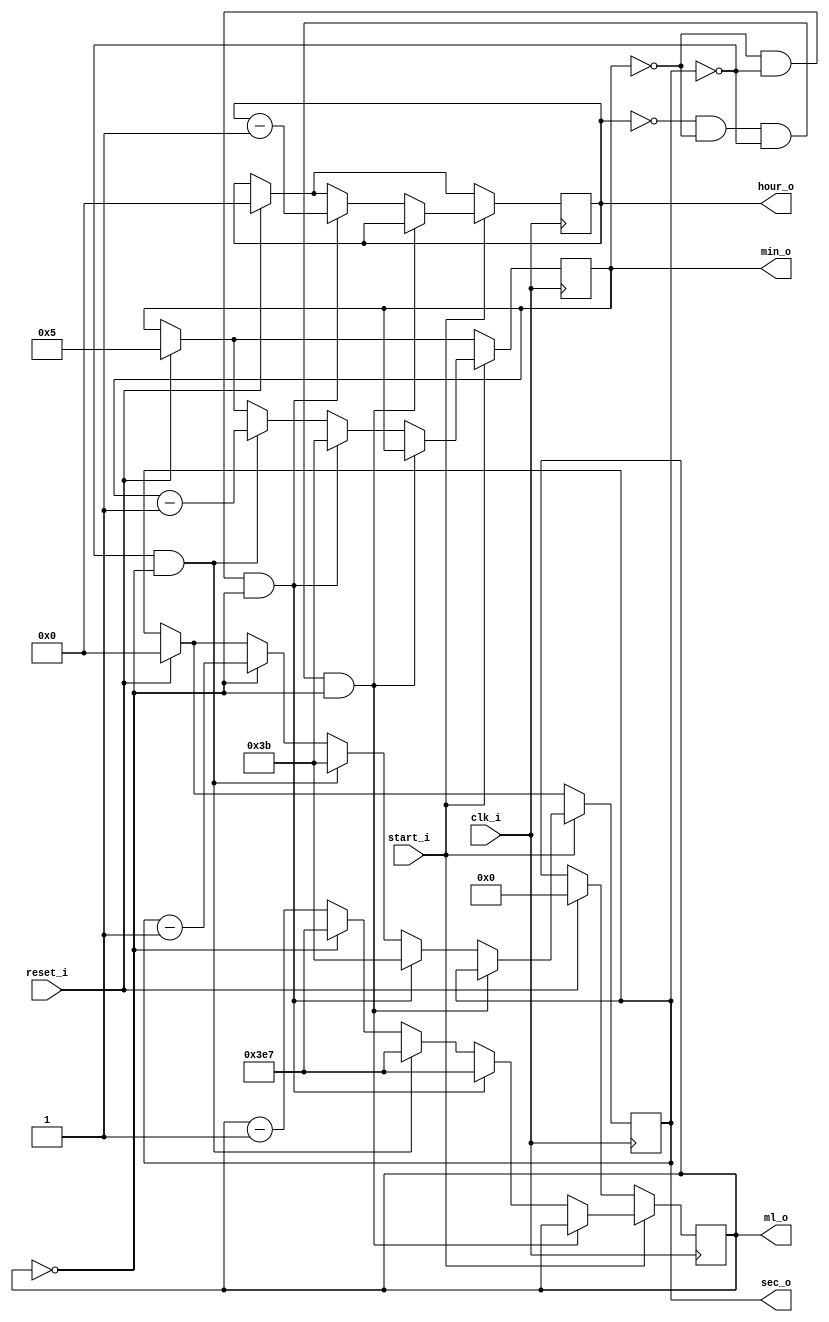
`timescale 1ns / 1ps
//////////////////////////////////////////////////////////////////////////////////
// Company: 
// Engineer: 
// 
// Design Name: 
// Module Name: timer6
// Project Name: 
// Target Devices: 
// Tool Versions: 
// Description: 
// 
// Dependencies: 
// 
// Revision:
// Revision 0.01 - File Created
// Additional Comments:
// 
//////////////////////////////////////////////////////////////////////////////////


module timer6(
clk_i, reset_i, start_i, ml_o, sec_o, min_o, hour_o
    );
    input clk_i, start_i, reset_i;
    // clk_i = 1kHz input
    output reg [9:0] ml_o;
    output reg [5:0] sec_o;
    output reg [5:0] min_o;
    output reg [5:0] hour_o;
    reg [5:0] startsec = 0;
    reg [5:0] startmin = 5;
    reg [5:0] starthour = 0;
        
    always @(posedge(clk_i)) begin
          if (reset_i == 1'b1) begin
              hour_o <= starthour;
              sec_o <= startsec;
              min_o <= startmin;
              ml_o <= 0;
          end
          
          if (start_i == 1'b1) begin
              if (hour_o == 0 && min_o == 0 && sec_o == 0 && ml_o == 0) begin
              ml_o <= ml_o;
              min_o <= min_o;
              sec_o <= sec_o;
              hour_o <= hour_o;
              end else if (min_o == 0 && sec_o == 0 && ml_o == 0) begin
              ml_o <= 999;
              min_o <= 59;
              sec_o <= 59;
              hour_o <= hour_o - 1;
              end else if (sec_o == 0 && ml_o == 0) begin
              ml_o <= 999;
              sec_o <= 59;
              min_o <= min_o - 1;
              end else if (ml_o == 0) begin
              ml_o <= 999;
              sec_o <= sec_o - 1;
              end else begin
              ml_o <= ml_o - 1;
              end
          end
    end
    
                       
endmodule